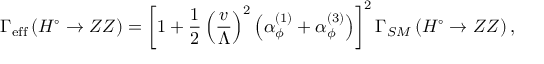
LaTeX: \Gamma _ { \mathrm { { e f f } } } \left( H ^ { \circ } \rightarrow Z Z \right) = \left[ 1 + \frac 1 2 \left( \frac v \Lambda \right) ^ { 2 } \left( \alpha _ { \phi } ^ { ( 1 ) } + \alpha _ { \phi } ^ { ( 3 ) } \right) \right] ^ { 2 } \Gamma _ { S M } \left( H ^ { \circ } \rightarrow Z Z \right) ,